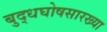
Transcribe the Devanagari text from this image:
बुद्धघोषसारख्या